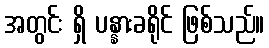
အတွင်း ရှိ ပန္နားခရိုင် ဖြစ်သည်။